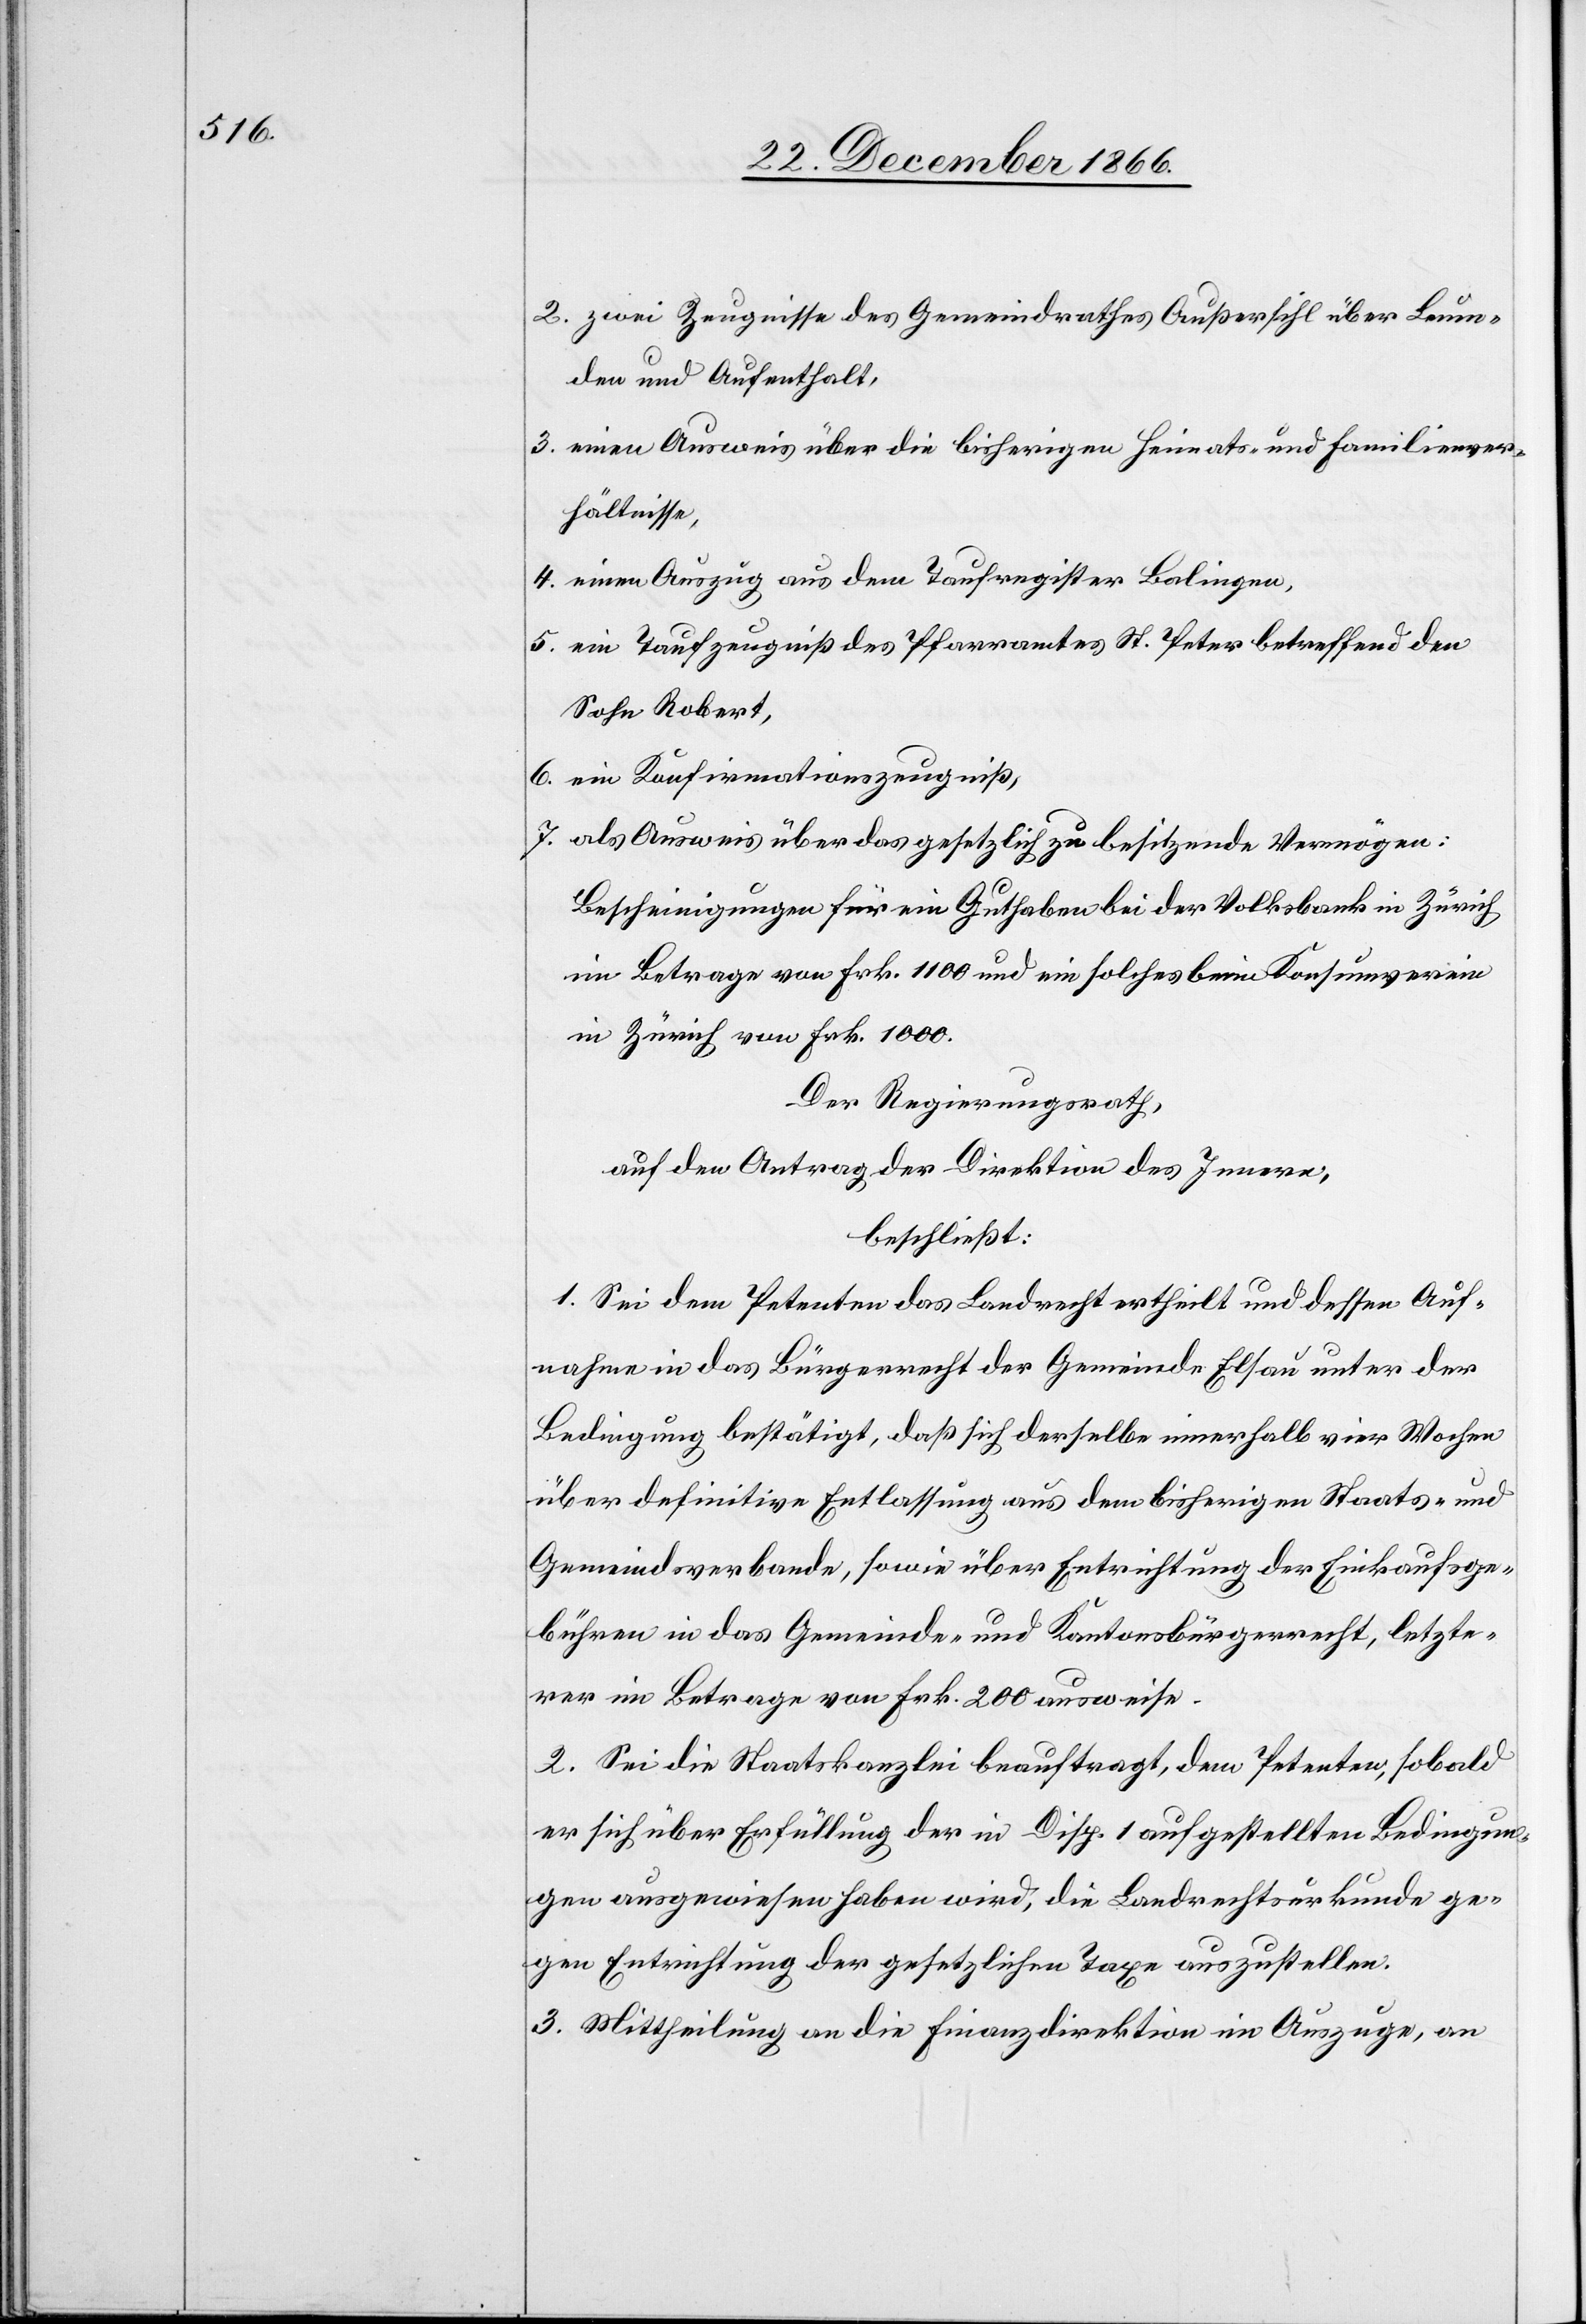
2. zwei Zeugnisse des Gemeindrathes Außersihl über Leum¬
den und Aufenthalt,
3. einen Ausweis über die bisherigen Heimats- und Familienver¬
hältnisse,
4. einen Auszug aus dem Taufregister Balingen,
5. ein Taufzeugniß des Pfarramtes St. Peter betreffend den
Sohn Robert,
6. ein Konfirmationszeugniß,
7. als Ausweis über das gesetzlich zu besitzende Vermögen:
Bescheinigungen für ein Guthaben bei der Volksbank in Zürich
im Betrage von Frk. 1100 und ein solches beim Konsumverein
in Zürich von Frk. 1000.
Der Regierungsrath,
auf den Antrag der Direktion des Innern,
beschließt:
1. Sei dem Petenten das Landrecht ertheilt und dessen Auf¬
nahme in das Bürgerrecht der Gemeinde Elsau unter der
Bedingung bestätigt, daß sich derselbe innerhalb vier Wochen
über definitive Entlassung aus dem bisherigen Staats- und
Gemeindsverbande, sowie über Entrichtung der Einkaufsge¬
bühren in das Gemeinde- und Kantonsbürgerrecht, letzte¬
rer im Betrage von Frk. 200 ausweise.
2. Sei die Staatskanzlei beauftragt, dem Petenten, sobald
er sich über Erfüllung der in Disp. 1 aufgestellten Bedingun¬
gen ausgewiesen haben wird, die Landrechtsurkunde ge¬
gen Entrichtung der gesetzlichen Taxe auszustellen.
3. Mittheilung an die Finanzdirektion im Auszuge, an